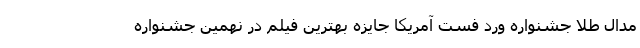
مدال طلا جشنواره ورد فست آمریکا جایزه بهترین فیلم در نهمین جشنواره